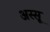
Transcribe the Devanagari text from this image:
अस्सू